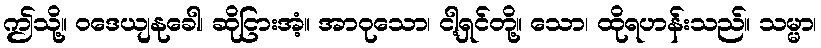
ဤသို့။ ဝဒေယျနုခေါ၊ ဆိုငြားအံ့။ အာဝုသော၊ ငါ့ရှင်တို့။ သော၊ ထိုရဟန်းသည်။ သမ္မာ၊